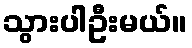
သွားပါဦးမယ်။